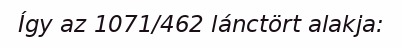
Így az 1071/462 lánctört alakja: